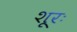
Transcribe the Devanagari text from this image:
शूरः